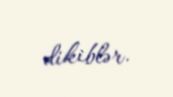
dikiblər.